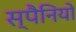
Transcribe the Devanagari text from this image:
स्पैनियों